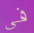
في